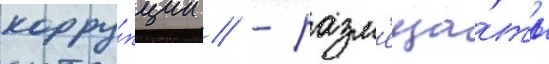
корру́пции // - разм'еща́ть